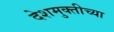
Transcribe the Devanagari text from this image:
देशमुक्तीच्या